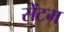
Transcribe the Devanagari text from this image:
सेंटम